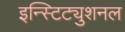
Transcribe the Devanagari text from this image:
इन्स्टिट्युशनल